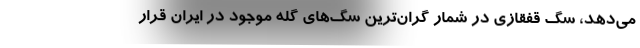
می‌دهد، سگ قفقازی در شمار گران‌ترین سگ‌های گله موجود در ایران قرار